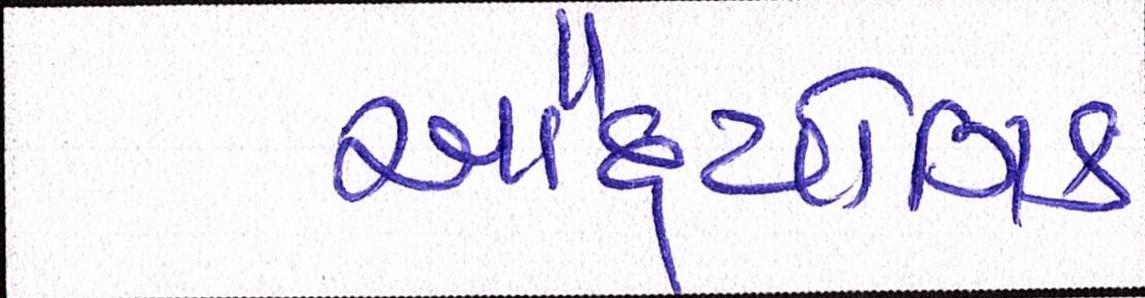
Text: ઔદ્યોગિક